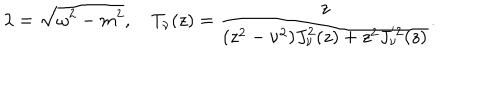
LaTeX: \lambda = \sqrt { \omega ^ { 2 } - m ^ { 2 } } , \quad T _ { \nu } ( z ) = \frac { z } { ( z ^ { 2 } - \nu ^ { 2 } ) J _ { \nu } ^ { 2 } ( z ) + z ^ { 2 } J _ { \nu } ^ { ' 2 } ( z ) } .